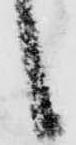
候